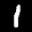
Label: 1